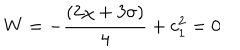
LaTeX: W = - \frac { ( 2 \chi + 3 \sigma ) } { 4 } + c _ { 1 } ^ { 2 } = 0